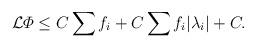
LaTeX: \begin{align*} \begin{aligned}\mathcal{L} \varPhi \leq C \sum f_i + C \sum f_i |\lambda_i| + C.\end{aligned}\end{align*}